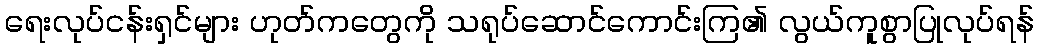
ရေးလုပ်ငန်းရှင်များ ဟုတ်ကတွေကို သရုပ်ဆောင်ကောင်းကြ၏ လွယ်ကူစွာပြုလုပ်ရန်